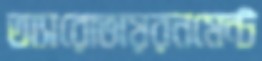
অ্যারোভায়রনমেন্ট